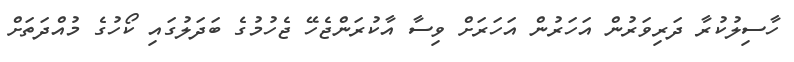
ހާސިލުކުރާ ދަރިވަރުން އަހަރުން އަހަރަށް ވިސާ އާކުރަންޖެހޭ ޖެހުމުގެ ބަދަލުގައި ކޯހުގެ މުއްދަތަށް